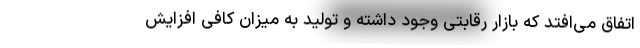
اتفاق می‌افتد که بازار رقابتی وجود داشته و تولید به میزان کافی افزایش